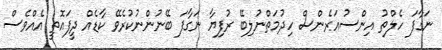
ނަގާފަ ހެލްތު އިންސުއަރެންސް ހިދުމަތްނުލިބޭ ރުފިޔާ ނަގާފަ ބޭނުންނުކުރެވޭ ކާޑެއް ދީފައޮތީ އެއްވެސް